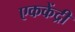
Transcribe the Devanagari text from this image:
एककेंद्री